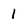
Character: 1